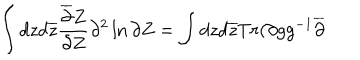
\int d z d \overline { { { z } } } \frac { \overline { { { \partial } } } Z } { \partial Z } \partial ^ { 2 } \ln \partial Z = \int d z d \overline { { { z } } } T r ( \partial g g ^ { - 1 } \overline { { { \partial } } }